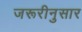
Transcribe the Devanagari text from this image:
जरूरीनुसार